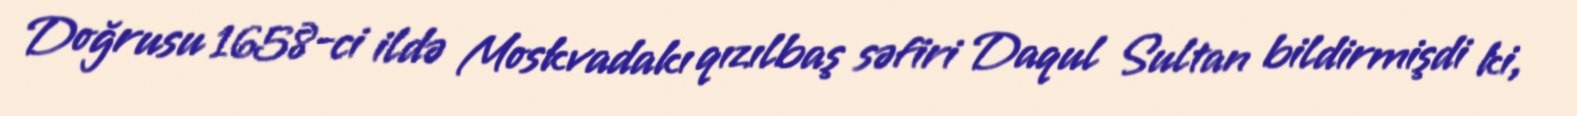
Doğrusu 1658-ci ildə Moskvadakı qızılbaş səfiri Daqul Sultan bildirmişdi ki,